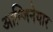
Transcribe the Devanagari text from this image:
आन्जिनेयार